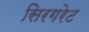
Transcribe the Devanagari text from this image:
सिरगरेट